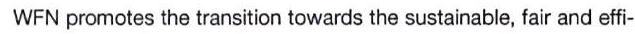
WFN promotes the transition towards the sustainable, fair and effi-